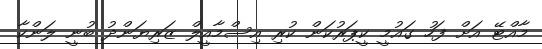
މާއްޓޭ އަށް ފަހު ގައުމީ ކީޕަރުކަން ކުރި އިސްމާއީލް ޒަރިޔަންދު ބުނީ ލަންކާ